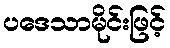
ပဒေသာမိုင်းဖြင့်